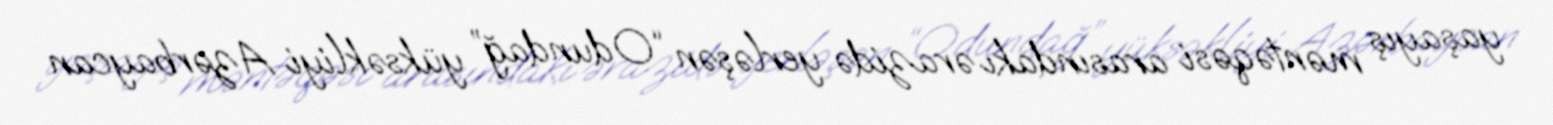
yaşayış məntəqəsi arasındakı ərazidə yerləşən “Odundağ” yüksəkliyi Azərbaycan